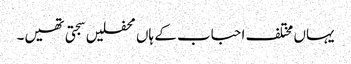
یہاں مختلف احباب کے ہاں محفلیں سجتی تھیں۔